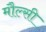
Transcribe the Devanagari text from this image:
मौल्सी